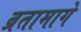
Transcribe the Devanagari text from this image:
व्रतामागे